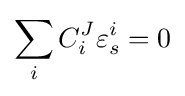
\sum _{i}C_{i}^{J}\varepsilon _{s}^{i}=0